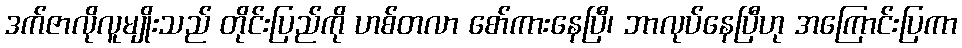
ဒက်ဇာလိုလူမျိုးသည် တိုင်းပြည်ကို ဟစ်တလာ စော်ကားနေပြီ၊ ဘာလုပ်နေပြီဟု အကြောင်းပြကာ